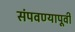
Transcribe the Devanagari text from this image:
संपवण्यापूर्वी